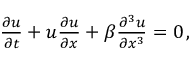
\begin{array} { r } { \frac { \partial u } { \partial t } + u \frac { \partial u } { \partial x } + \beta \frac { \partial ^ { 3 } u } { \partial x ^ { 3 } } = 0 \, , } \end{array}